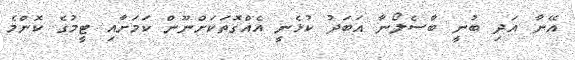
އޭނާ އަދި ބުނީ ބާސެލޯނާ އަބަދު ކުޅެނީ އެއްގޮތަކަށްނޫން ކަމަށާއި ޓީމުގެ ކޮންމެ